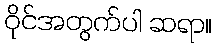
ဝိုင်အတွက်ပါ ဆရာ။